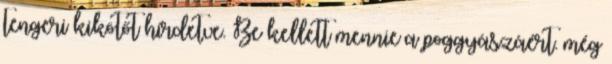
tengeri kikötőt hirdetve. Be kellett mennie a poggyászáért. még